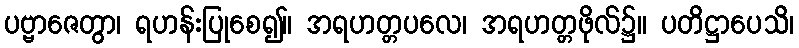
ပဗ္ဗာဇေတွာ၊ ရဟန်းပြုစေ၍။ အရဟတ္တပလေ၊ အရဟတ္တဖိုလ်၌။ ပတိဋ္ဌာပေသိ၊